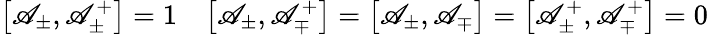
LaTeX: \bigl[\mathscr{A}_{\pm},\mathscr{A}_{\pm}^{+}\bigr]=1\quad\bigl[\mathscr{A}_{\pm},\mathscr{A}_{\mp}^{+}\bigr]=\bigl[\mathscr{A}_{\pm},\mathscr{A}_{\mp}\bigr]=\bigl[\mathscr{A}_{\pm}^{+},\mathscr{A}_{\mp}^{+}\bigr]=0